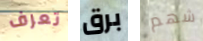
تعرف برق شهم